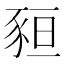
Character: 𧱂